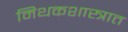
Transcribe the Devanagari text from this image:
मिथकशास्त्रात